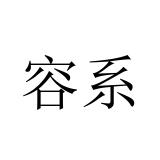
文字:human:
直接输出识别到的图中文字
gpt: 容系